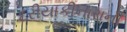
દરીયાકીનારાની